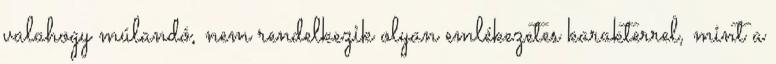
valahogy múlandó, nem rendelkezik olyan emlékezetes karakterrel, mint a